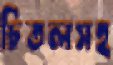
চিতলসহ